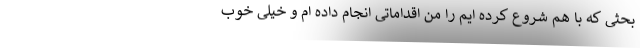
بحثی که با هم شروع کرده ایم را من اقداماتی انجام داده ام و خیلی خوب